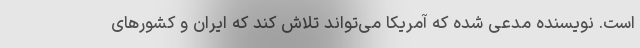
است. نویسنده مدعی شده که آمریکا می‌تواند تلاش کند که ایران و کشورهای